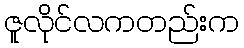
ဇူလိုင်လကတည်းက